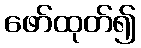
ဖော်ထုတ်၍